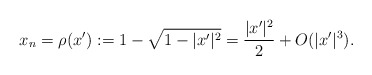
\begin{align*}x_n= \rho(x'): = 1-\sqrt{1-|x'|^2}=\frac{|x'|^2}{2}+O(|x'|^3).\end{align*}